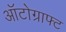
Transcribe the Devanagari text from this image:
ऑटोग्राफ्ट